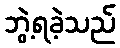
ဘွဲ့ရခဲ့သည်